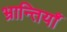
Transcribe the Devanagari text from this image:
भ्रान्तियाँ